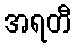
အရတီ